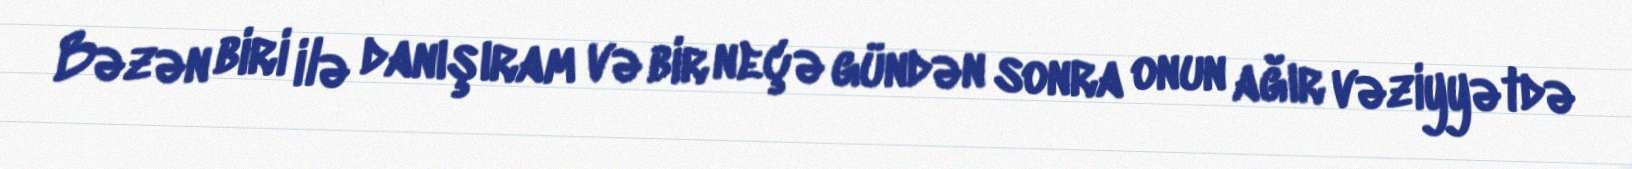
Bəzən biri ilə danışıram və bir neçə gündən sonra onun ağır vəziyyətdə